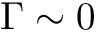
\Gamma \sim 0